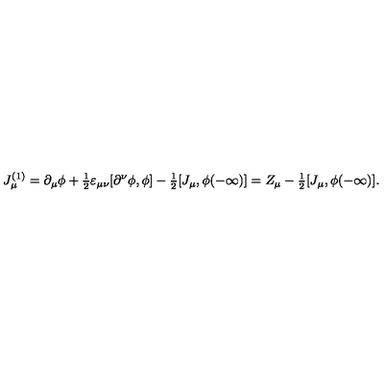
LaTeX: J _ { \mu } ^ { ( 1 ) } = \partial _ { \mu } \phi + { \textstyle \frac 1 2 } \varepsilon _ { \mu \nu } [ \partial ^ { \nu } \phi , \phi ] - { \textstyle \frac 1 2 } [ J _ { \mu } , \phi ( - \infty ) ] = Z _ { \mu } - { \textstyle \frac 1 2 } [ J _ { \mu } , \phi ( - \infty ) ] .